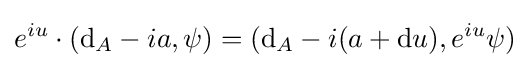
e^{iu}\cdot (\mathrm {d} _{A}-ia,\psi )=(\mathrm {d} _{A}-i(a+\mathrm {d} u),e^{iu}\psi )